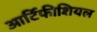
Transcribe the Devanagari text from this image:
आर्टिफीशियल